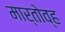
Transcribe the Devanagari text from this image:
मार्तोव्ह